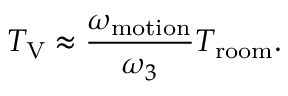
T _ { \mathrm { V } } \approx \frac { \omega _ { \mathrm { m o t i o n } } } { \omega _ { 3 } } T _ { \mathrm { r o o m } } .